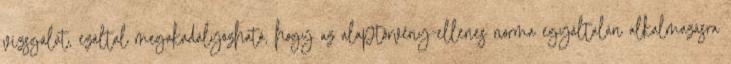
vizsgálat, ezáltal megakadályozható, hogy az alaptörvény-ellenes norma egyáltalán alkalmazásra